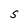
Character: S